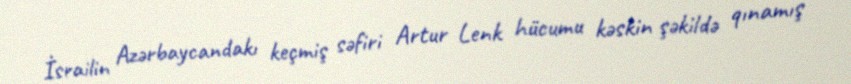
İsrailin Azərbaycandakı keçmiş səfiri Artur Lenk hücumu kəskin şəkildə qınamış